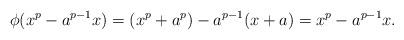
LaTeX: \begin{align*}\phi (x^p-a^{p-1}x)=(x^p+a^p)-a^{p-1}(x+a)=x^p-a^{p-1}x. \end{align*}